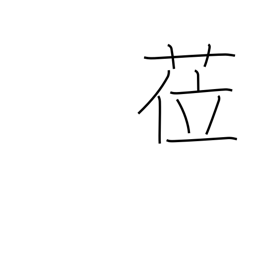
Meaning: assume a post